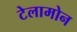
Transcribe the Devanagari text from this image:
टेलामोन